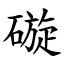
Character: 䃠